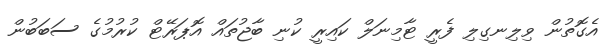
އެގޮތުން ވިލިނގިލި ފެރީ ޓާމިނަލް ކައިރީ ކުނި ބާޖުތައް އޮޕަރޭޓް ކުރުމުގެ ސަބަބުން